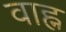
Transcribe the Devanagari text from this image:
वाह्न